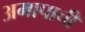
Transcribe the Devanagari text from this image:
अमापाची